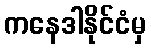
ကနေဒါနိုင်ငံမှ